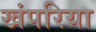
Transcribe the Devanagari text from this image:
खंपरिया